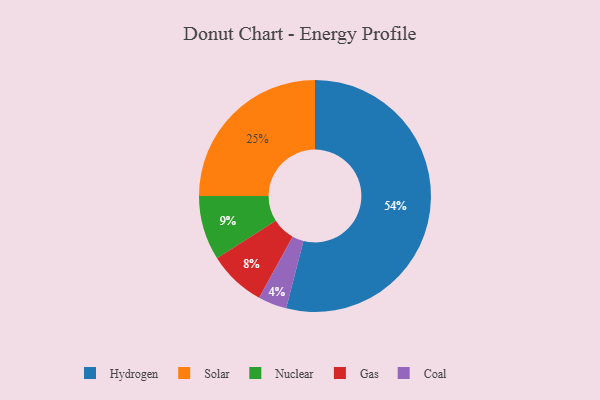
{"axis": {"x": "Category", "y": "Percentage"}, "legend": ["Coal", "Gas", "Hydrogen", "Nuclear", "Solar"], "data": [{"x": "Nuclear", "y": 9, "type": "Nuclear"}, {"x": "Solar", "y": 25, "type": "Solar"}, {"x": "Hydrogen", "y": 54, "type": "Hydrogen"}, {"x": "Gas", "y": 8, "type": "Gas"}, {"x": "Coal", "y": 4, "type": "Coal"}]}